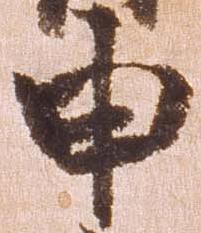
申